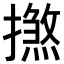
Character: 𢶞